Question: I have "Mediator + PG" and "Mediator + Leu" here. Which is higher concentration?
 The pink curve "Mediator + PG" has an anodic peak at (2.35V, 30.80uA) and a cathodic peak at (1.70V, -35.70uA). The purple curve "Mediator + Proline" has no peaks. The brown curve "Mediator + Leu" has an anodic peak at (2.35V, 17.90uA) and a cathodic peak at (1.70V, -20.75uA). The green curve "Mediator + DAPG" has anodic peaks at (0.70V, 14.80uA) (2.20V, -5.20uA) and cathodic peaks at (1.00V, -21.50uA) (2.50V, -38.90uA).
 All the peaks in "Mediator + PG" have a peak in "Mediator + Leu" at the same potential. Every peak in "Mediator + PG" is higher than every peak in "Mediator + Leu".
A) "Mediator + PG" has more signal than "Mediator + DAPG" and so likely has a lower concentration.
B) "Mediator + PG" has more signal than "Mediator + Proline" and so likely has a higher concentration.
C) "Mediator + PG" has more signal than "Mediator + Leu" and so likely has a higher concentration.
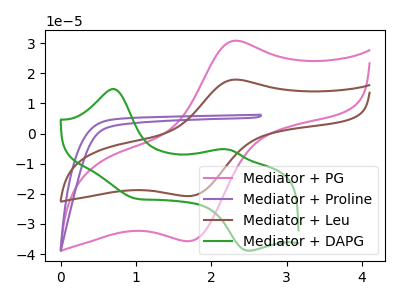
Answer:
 <answer>C) "Mediator + PG" has more signal than "Mediator + Leu" and so likely has a higher concentration.</answer>
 <eval>C</eval>